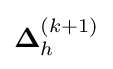
{\textstyle \mathbf {\Delta } _{h}^{(k+1)}}